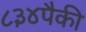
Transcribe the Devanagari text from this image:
८३४पैकी